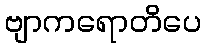
ဗျာကရောတိပေ